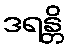
ဒရန္တိ